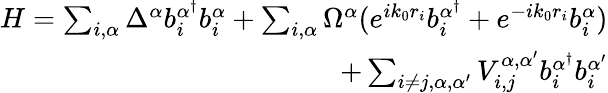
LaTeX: \begin{array}{r}{H=\sum_{i,\alpha}\Delta^{\alpha}b_{i}^{\alpha^{\dagger}}b_{i}^{\alpha}+\sum_{i,\alpha}\Omega^{\alpha}(e^{ik_{0}r_{i}}b_{i}^{\alpha^{\dagger}}+e^{-ik_{0}r_{i}}b_{i}^{\alpha})}\\ {+\sum_{i\neq j,\alpha,\alpha^{\prime}}V_{i,j}^{\alpha,\alpha^{\prime}}b_{i}^{\alpha^{\dagger}}b_{i}^{\alpha^{\prime}}}\end{array}